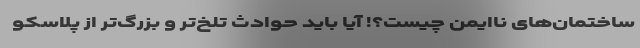
ساختمان‌های ناایمن چیست؟! آیا باید حوادث تلخ‌تر و بزرگ‌تر از پلاسکو